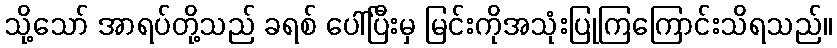
သို့သော် အာရပ်တို့သည် ခရစ် ပေါ်ပြီးမှ မြင်းကိုအသုံးပြုကြကြောင်းသိရသည်။